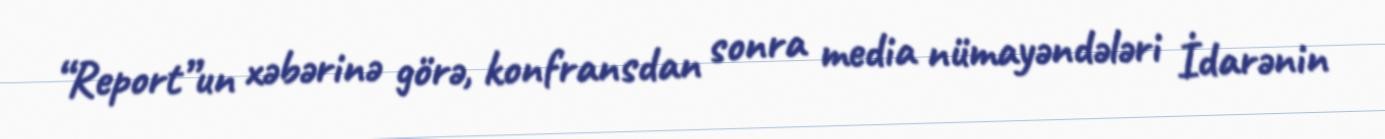
“Report”un xəbərinə görə, konfransdan sonra media nümayəndələri İdarənin